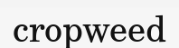
cropweed